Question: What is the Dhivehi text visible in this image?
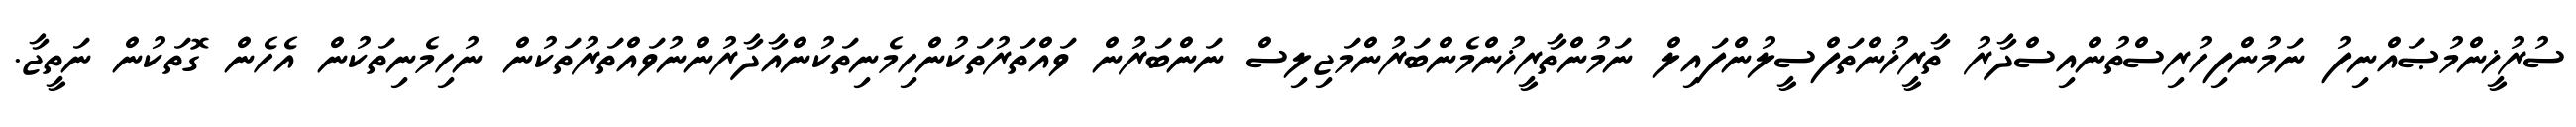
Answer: ސުރުޚީންމުޞައްނިފު ނަމުންފިހުރިސްތުންއިސްދާރު ތާރީޚުންތަފްސީލުންފައިލް ނަމުންތާރީޚުންމެންބަރުންމަޖިލިސް ނަންބަރުން ވައްތަރުތަކުންހިމެނިތަކުންއާދާރުންނުވައްތަރުތަކުން ނުހިމެނިތަކުން އެހެން ގޮތަކުން ނަތީޖާ.